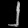
Digit: ၂